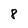
Character: 8